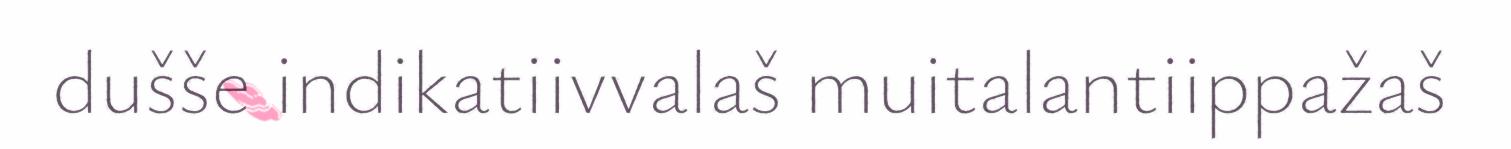
dušše indikatiivvalaš muitalantiippažaš